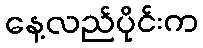
နေ့လည်ပိုင်းက